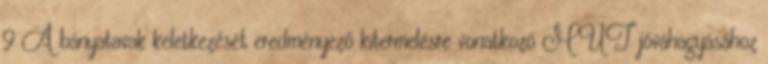
9 A bányatavak keletkezését eredményező kitermelésre vonatkozó MÜT jóváhagyásához